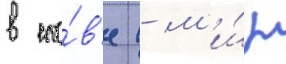
в сло́в'е (- м'и́р